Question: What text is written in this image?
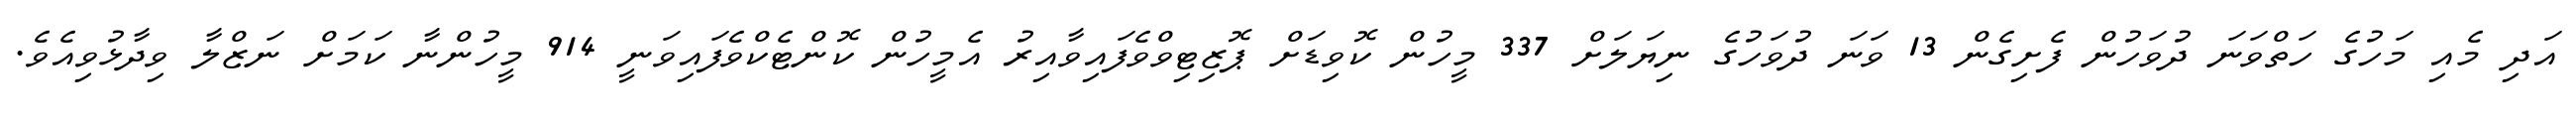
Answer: އަދި މެއި މަހުގެ ހަތްވަނަ ދުވަހުން ފެށިގެން 13 ވަނަ ދުވަހުގެ ނިޔަލަށް 337 މީހުން ކޮވިޑަށް ޕޮޒިޓިވްވެފައިވާއިރު އެމީހުން ކޮންޓެކްވެފައިވަނީ 914 މީހުންނާ ކަމަށް ނަޒްލާ ވިދާޅުވިއެވެ.